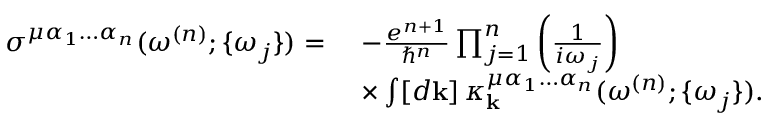
\begin{array} { r l } { \sigma ^ { \mu \alpha _ { 1 } \hdots \alpha _ { n } } ( \omega ^ { ( n ) } ; \{ \omega _ { j } \} ) = \, \, } & { - \frac { e ^ { n + 1 } } { \hslash ^ { n } } \prod _ { j = 1 } ^ { n } \left( \frac { 1 } { i \omega _ { j } } \right) } \\ & { \times \int [ d \mathbf { k } ] \, \kappa _ { \mathbf { k } } ^ { \mu \alpha _ { 1 } \hdots \alpha _ { n } } ( \omega ^ { ( n ) } ; \{ \omega _ { j } \} ) \mathrm { . } } \end{array}